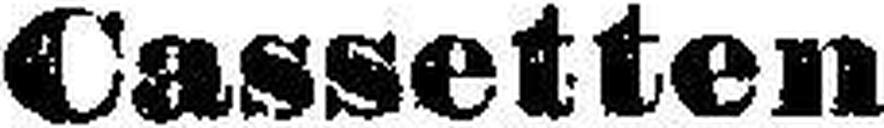
Cassetten